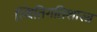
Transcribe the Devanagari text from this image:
स्थितिगतिशास्त्र